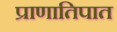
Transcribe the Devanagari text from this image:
प्राणातिपात